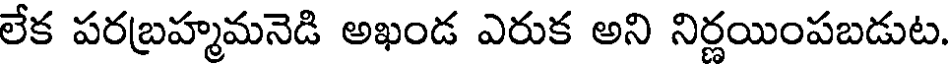
లేక పరబ్రహ్మమనెడి అఖండ ఎరుక అని నిర్ణయింపబడుట.